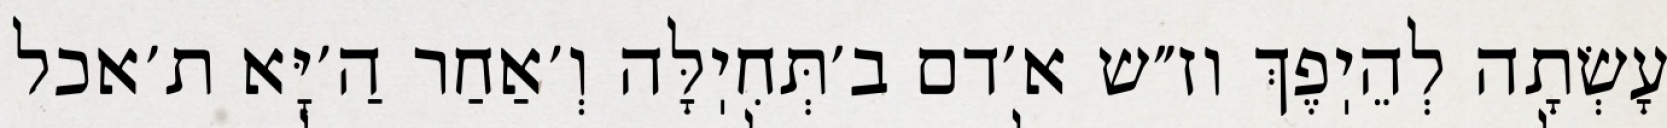
עָשְׂתָה לְהֵיֽפֶךְ וז״ש א׳דם ב׳תְּחִיֽלָּה וְ׳אַחַר הַ׳יָּא ת׳אכל